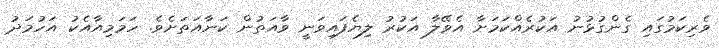
ވެރިކަމުގައި ގެންގުޅުނު އަކުރެއްކަމަށާ އެވޭލާ އަކުރު ލިޔެފައިވަނީ ވާއަތުން ކަނާއަތަށެވެ. ހަމަމިއާއެކު އަހުމަދު